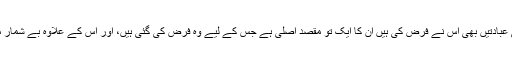
لیکن جتنی عبادتیں بھی اُس نے فرض کی ہیں اُن کا ایک تو مقصدِ اصلی ہے جس کے لیے وہ فرض کی گئی ہیں، اور اس کے علاوہ بے شمار مزیدپڑھیں